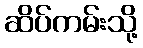
ဆိပ်ကမ်းသို့